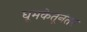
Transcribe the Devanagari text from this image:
धूमकेतूनंतर